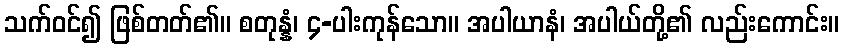
သက်ဝင်၍ ဖြစ်တတ်၏။ စတုန္နံ၊ ၄-ပါးကုန်သော။ အပါယာနံ၊ အပါယ်တို့၏ လည်းကောင်း။